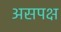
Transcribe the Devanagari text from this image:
असपक्ष